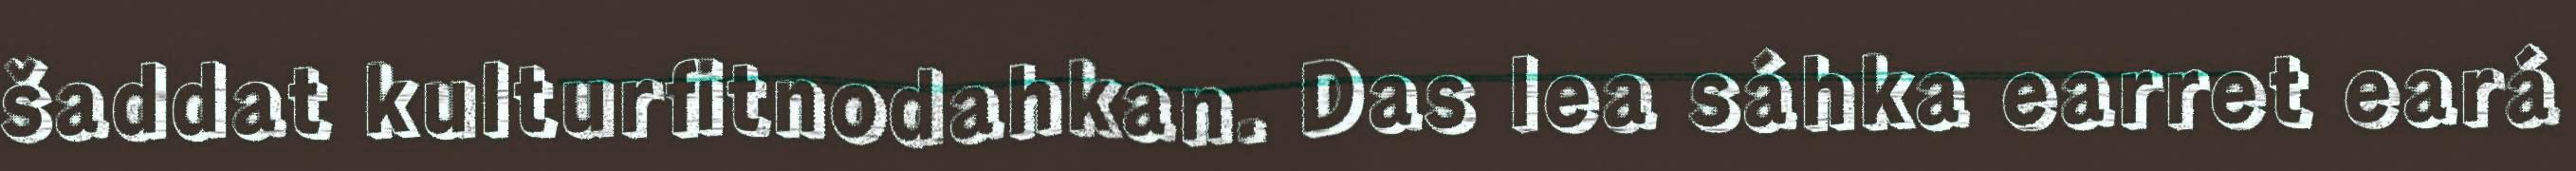
šaddat kulturfitnodahkan. Das lea sáhka earret eará